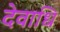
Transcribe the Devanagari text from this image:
देवाधि